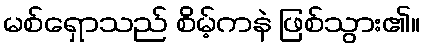
မစ်ရှောသည် စိမ့်ကနဲ ဖြစ်သွား၏။